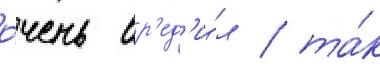
о́чень вр'ед'и́л / та́к